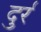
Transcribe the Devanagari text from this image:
दुर्र